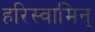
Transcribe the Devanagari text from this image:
हरिस्वामिन्